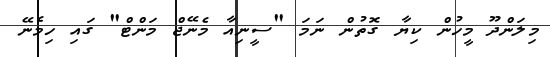
މިލަންދޫ މީހުން ކިޔާ ގޮތުން ނަމަ "ސީނިއާ މެނޭޖް މަންޓް" ގައި ހިމެނޭ